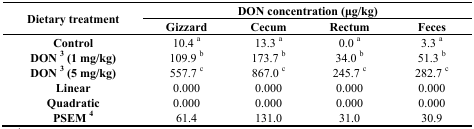
<table><thead><tr><td rowspan="3"><b>Dietary treatment</b></td><td colspan="4"><b>DON concentration (μg/kg)</b></td></tr><tr><td><b>Gizzard</b></td><td><b>Cecum</b></td><td><b>Rectum</b></td><td><b>Feces</b></td></tr></thead><tbody><tr><td><b>Control</b></td><td>10.4 a</td><td>13.3 a</td><td>0.0 a</td><td>3.3 a</td></tr><tr><td><b>DON</b>3<b>(1 mg/kg)</b></td><td>109.9 b</td><td>173.7 b</td><td>34.0 b</td><td>51.3 b</td></tr><tr><td><b>DON</b>3<b>(5 mg/kg)</b></td><td>557.7 c</td><td>867.0 c</td><td>245.7 c</td><td>282.7 c</td></tr><tr><td><b>Linear</b></td><td>0.000</td><td>0.000</td><td>0.000</td><td>0.000</td></tr><tr><td><b>Quadratic</b></td><td>0.000</td><td>0.000</td><td>0.000</td><td>0.000</td></tr><tr><td><b>PSEM</b>4</td><td>61.4</td><td>131.0</td><td>31.0</td><td>30.9</td></tr></tbody></table>